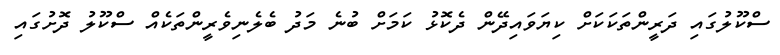
ސްކޫލުގައި ދަރީންތަކަކަށް ކިޔަވައިދޭން ދެކޮޅު ކަމަށް ބުނެ މަދު ބެލެނިވެރީންތަކެއް ސްކޫލު ދޮށުގައި